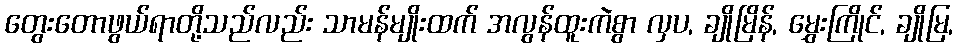
တွေးတောဖွယ်ရာတို့သည်လည်း သာမန်မျိုးထက် အလွန်ထူးကဲစွာ လှပ, ချိုမြိန်, မွှေးကြိုင်, ချိုမြ,